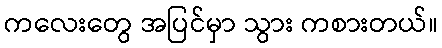
ကလေးတွေ အပြင်မှာ သွား ကစားတယ်။